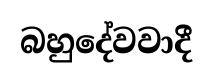
බහුදේවවාදී